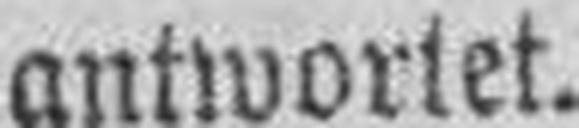
antwortet.